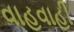
વાહવાહી